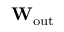
\mathbf { W _ { \mathrm { o u t } } }